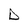
Character: D